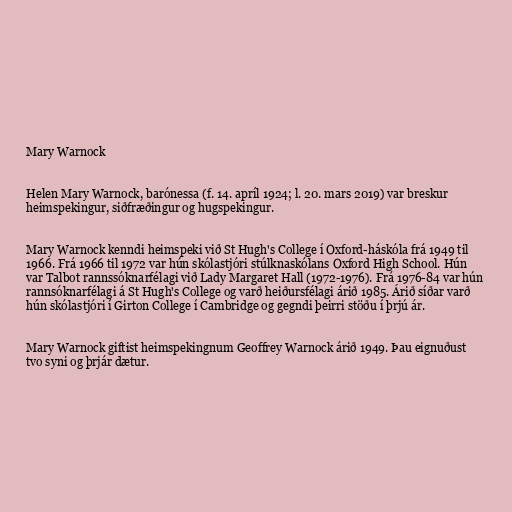
Mary Warnock

Helen Mary Warnock, barónessa (f. 14. apríl 1924; l. 20. mars 2019) var breskur
heimspekingur, siðfræðingur og hugspekingur.

Mary Warnock kenndi heimspeki við St Hugh's College í Oxford-háskóla frá 1949 til
1966. Frá 1966 til 1972 var hún skólastjóri stúlknaskólans Oxford High School. Hún
var Talbot rannssóknarfélagi við Lady Margaret Hall (1972-1976). Frá 1976-84 var hún
rannsóknarfélagi á St Hugh's College og varð heiðursfélagi árið 1985. Árið síðar varð
hún skólastjóri í Girton College í Cambridge og gegndi þeirri stöðu í þrjú ár.

Mary Warnock giftist heimspekingnum Geoffrey Warnock árið 1949. Þau eignuðust
tvo syni og þrjár dætur.